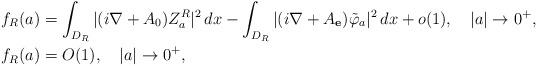
LaTeX: \begin{align*}&f_R(a)=\int_{D_R}|(i\nabla+A_0)Z_a^R|^2\,dx-\int_{D_R}|(i\nabla+A_{\mathbf e})\tilde \varphi_a|^2\,dx+o(1),\quad|a|\to 0^+,\\ &f_R(a)=O(1) ,\quad|a|\to 0^+,\end{align*}